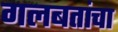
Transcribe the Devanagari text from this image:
गलबतांचा